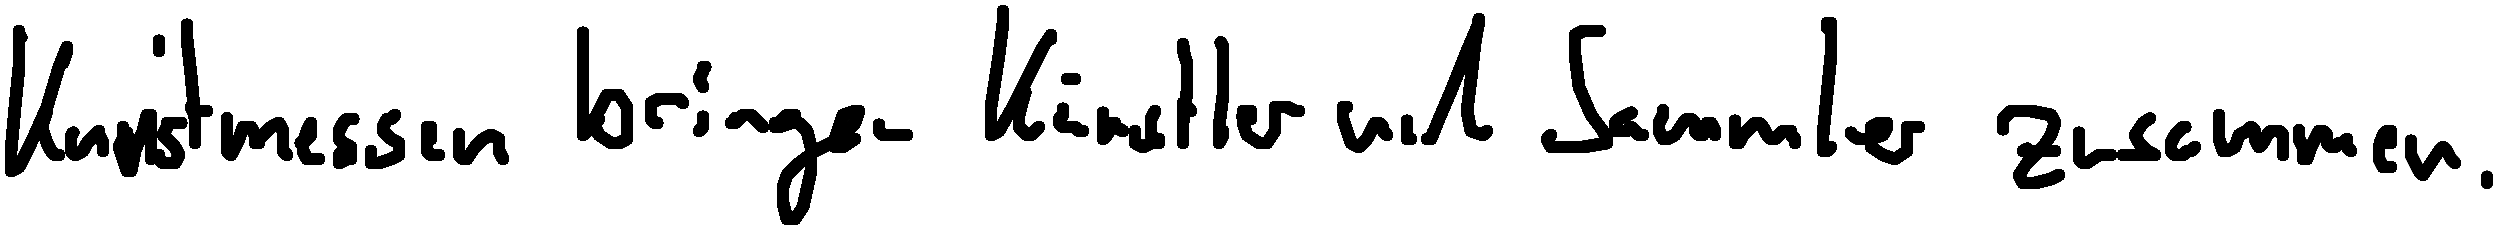
Kunstmessen bringen Künstler und Sammler zusammen.